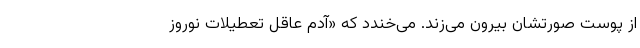
از پوست‌ صورتشان بیرون می‌زند. می‌خندد که «آدمِ عاقل تعطیلات نوروز